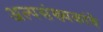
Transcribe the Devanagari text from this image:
अल्पसंख्यकांचे